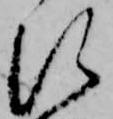
に